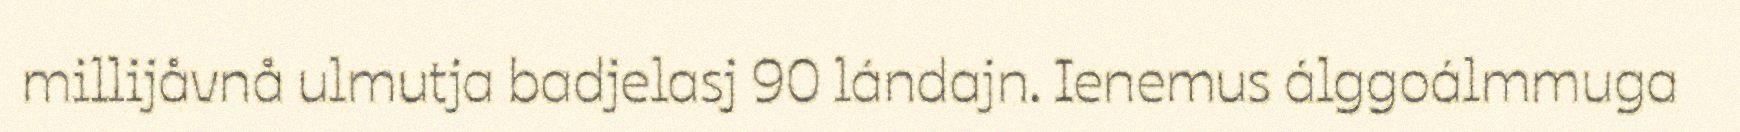
millijåvnå ulmutja badjelasj 90 lándajn. Ienemus álggoálmmuga